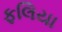
ફલિયા